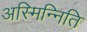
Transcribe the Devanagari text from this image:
अस्मिन्निति